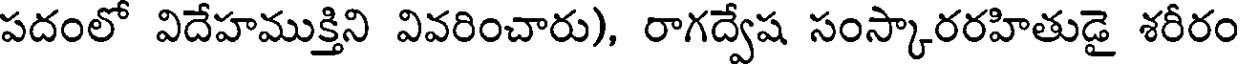
పదంలో విదేహముక్తిని వివరించారు), రాగద్వేష సంస్కారరహితుడై శరీరం